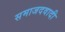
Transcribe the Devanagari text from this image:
समाजदवादी